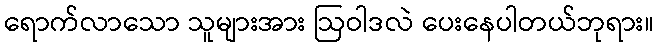
ရောက်လာသော သူများအား ဩဝါဒလဲ ပေးနေပါတယ်ဘုရား။